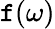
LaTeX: \mathtt{f}(\omega)